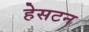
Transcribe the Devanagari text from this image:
हेसटन